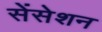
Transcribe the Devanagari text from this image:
सेंसेशन